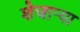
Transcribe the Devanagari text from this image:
शेजाऱ्या